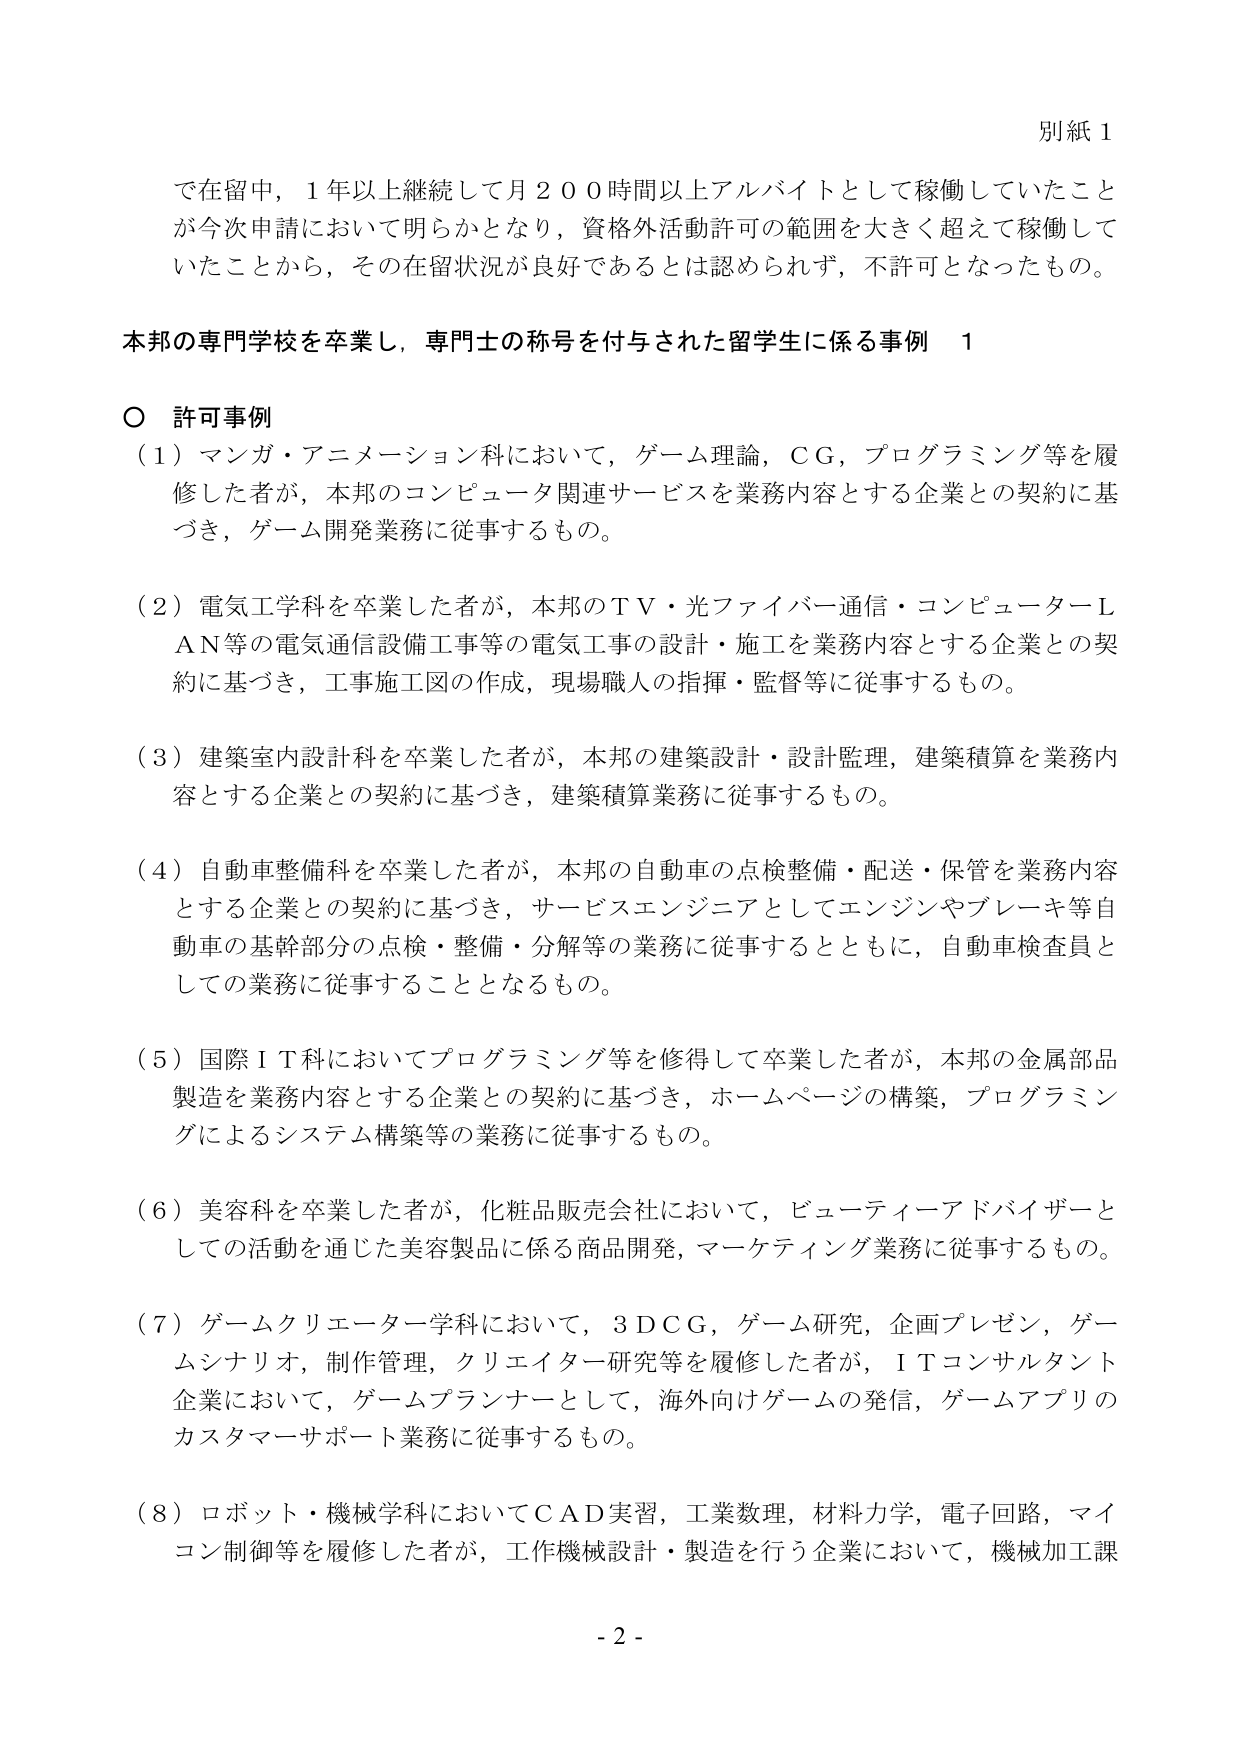
別紙１

で在留中，１年以上継続して月２００時間以上アルバイトとして稼働していたことが今次申請において明らかとなり，資格外活動許可の範囲を大きく超えて稼働していたことから，その在留状況が良好であるとは認められず，不許可となったもの。

本邦の専門学校を卒業し，専門士の称号を付与された留学生に係る事例　１

○ 許可事例

（１）マンガ・アニメーション科において，ゲーム理論，ＣＧ，プログラミング等を履修した者が，本邦のコンピュータ関連サービスを業務内容とする企業との契約に基づき，ゲーム開発業務に従事するもの。

（２）電気工学科を卒業した者が，本邦のＴＶ・光ファイバー通信・コンピュータＬＡＮ等の電気通信設備工事等の電気工事の設計・施工を業務内容とする企業との契約に基づき，工事施工図の作成，現場職人の指揮・監督等に従事するもの。

（３）建築室内設計科を卒業した者が，本邦の建築設計・設計監理，建築積算を業務内容とする企業との契約に基づき，建築積算業務に従事するもの。

（４）自動車整備科を卒業した者が，本邦の自動車の点検整備・配送・保管を業務内容とする企業との契約に基づき，サービスエンジニアとしてエンジンやブレーキ等自動車の基幹部分の点検・整備・分解等の業務に従事するとともに，自動車検査員としての業務に従事することとなるもの。

（５）国際ＩＴ科においてプログラミング等を修得して卒業した者が，本邦の金属部品製造を業務内容とする企業との契約に基づき，ホームページの構築，プログラミングによるシステム構築等の業務に従事するもの。

（６）美容科を卒業した者が，化粧品販売会社において，ビューティーアドバイザーとしての活動を通じた美容製品に係る商品開発，マーケティング業務に従事するもの。

（７）ゲームクリエーター学科において，３ＤＣＧ，ゲーム研究，企画プレゼン，ゲームシナリオ，制作管理，クリエイター研究等を履修した者が，ＩＴコンサルタント企業において，ゲームプランナーとして，海外向けゲームの発信，ゲームアプリのカスタマーサポート業務に従事するもの。

（８）ロボット・機械学科においてＣＡＤ実習，工業数理，材料力学，電子回路，マイコン制御等を履修した者が，工作機械設計・製造を行う企業において，機械加工課

- 2 -